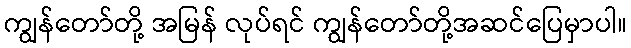
ကျွန်တော်တို့ အမြန် လုပ်ရင် ကျွန်တော်တို့အဆင်ပြေမှာပါ။